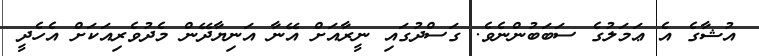
އުޝާގެ އެ ޢަމަލުގެ ސަބަބުންނެވެ. ގަސްދުގައި ނީރާއަށް އޭނާ އަނިޔާދޭން މެދުވެރިއަކަށް އެހެދީ